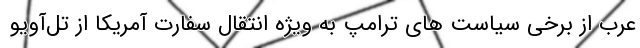
عرب از برخی سیاست های ترامپ به ویژه انتقال سفارت آمریکا از تل‌آویو